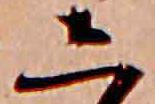
し